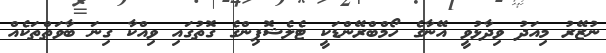
ނުޒޭރު މިއަދު ވިދާޅުވީ އޭނާގެ ހޯމްބްރޭންޑަކީ ޓެލެޝޮޕިންގެ ގޮތުގައި ވިއްކާ ގިނަ ބާވަތްތަކެއް